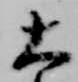
大